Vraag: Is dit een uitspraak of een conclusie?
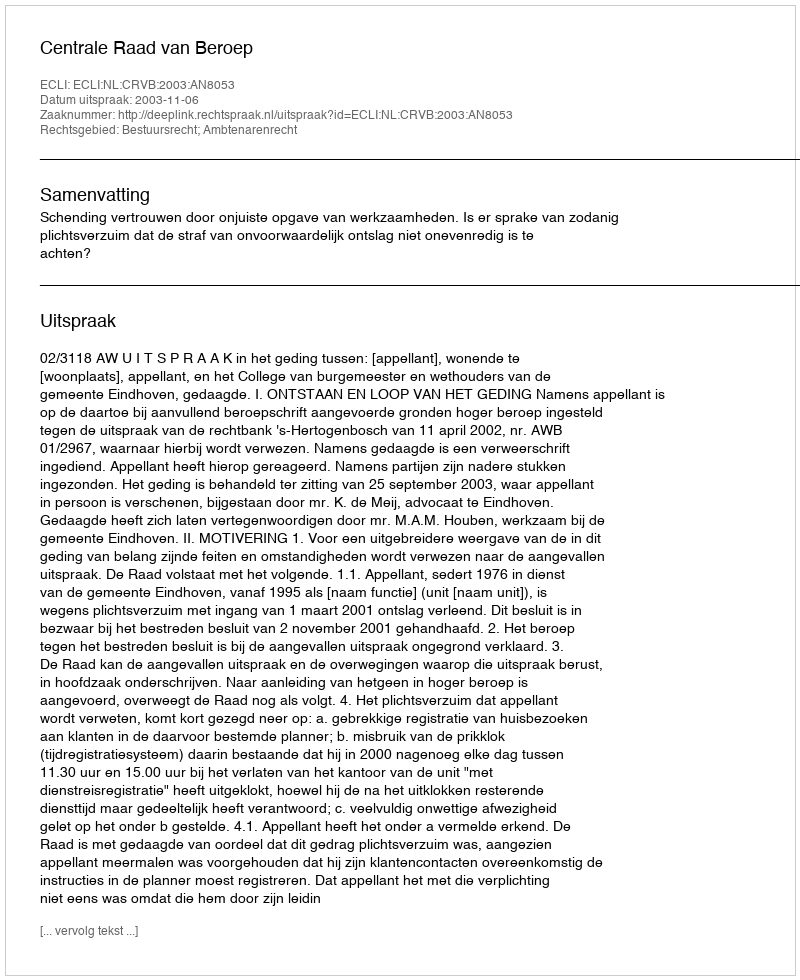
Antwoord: Uitspraak